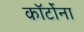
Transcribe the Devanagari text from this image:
कॉर्टोना